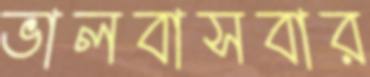
ভালবাসবার